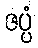
ဇပ္ပံ